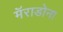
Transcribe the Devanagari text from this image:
मॅराडोना